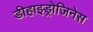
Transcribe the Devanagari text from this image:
डीहाइड्रोजिनेस